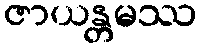
ဇာယန္တမဿ